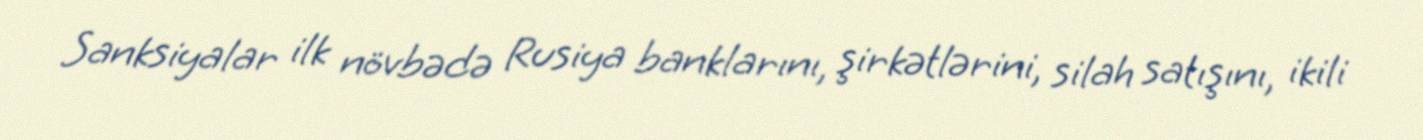
Sanksiyalar ilk növbədə Rusiya banklarını, şirkətlərini, silah satışını, ikili